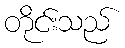
တိုင်းသည်